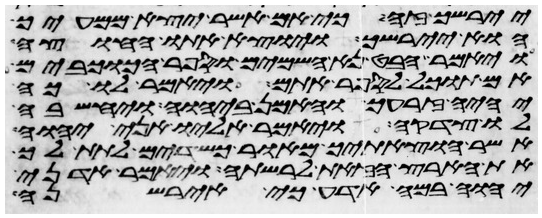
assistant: יירשך זה כי אם אשר יצא ממעיך
הוא יירשך ויוצא אתו החוצה
ויאמר הבט נא השמים וספר הכוכבים
אם תוכל לספר אתם ויאמר לו כה
יהיה זרעך והאמן ביהוה ויחשבה
לו צדקה ויאמר אליו אני יהוה
אשר הוצאתיך מאור כשדים לתת לך
את הארץ הזאת לרשתה ויאמר אדני
יהוה במה אדע כי איירשנה